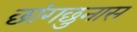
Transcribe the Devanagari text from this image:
छांगछुनास